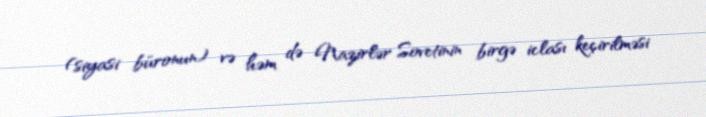
(siyasi büronun) və həm də Nazirlər Sovetinin birgə iclası keçirilməsi